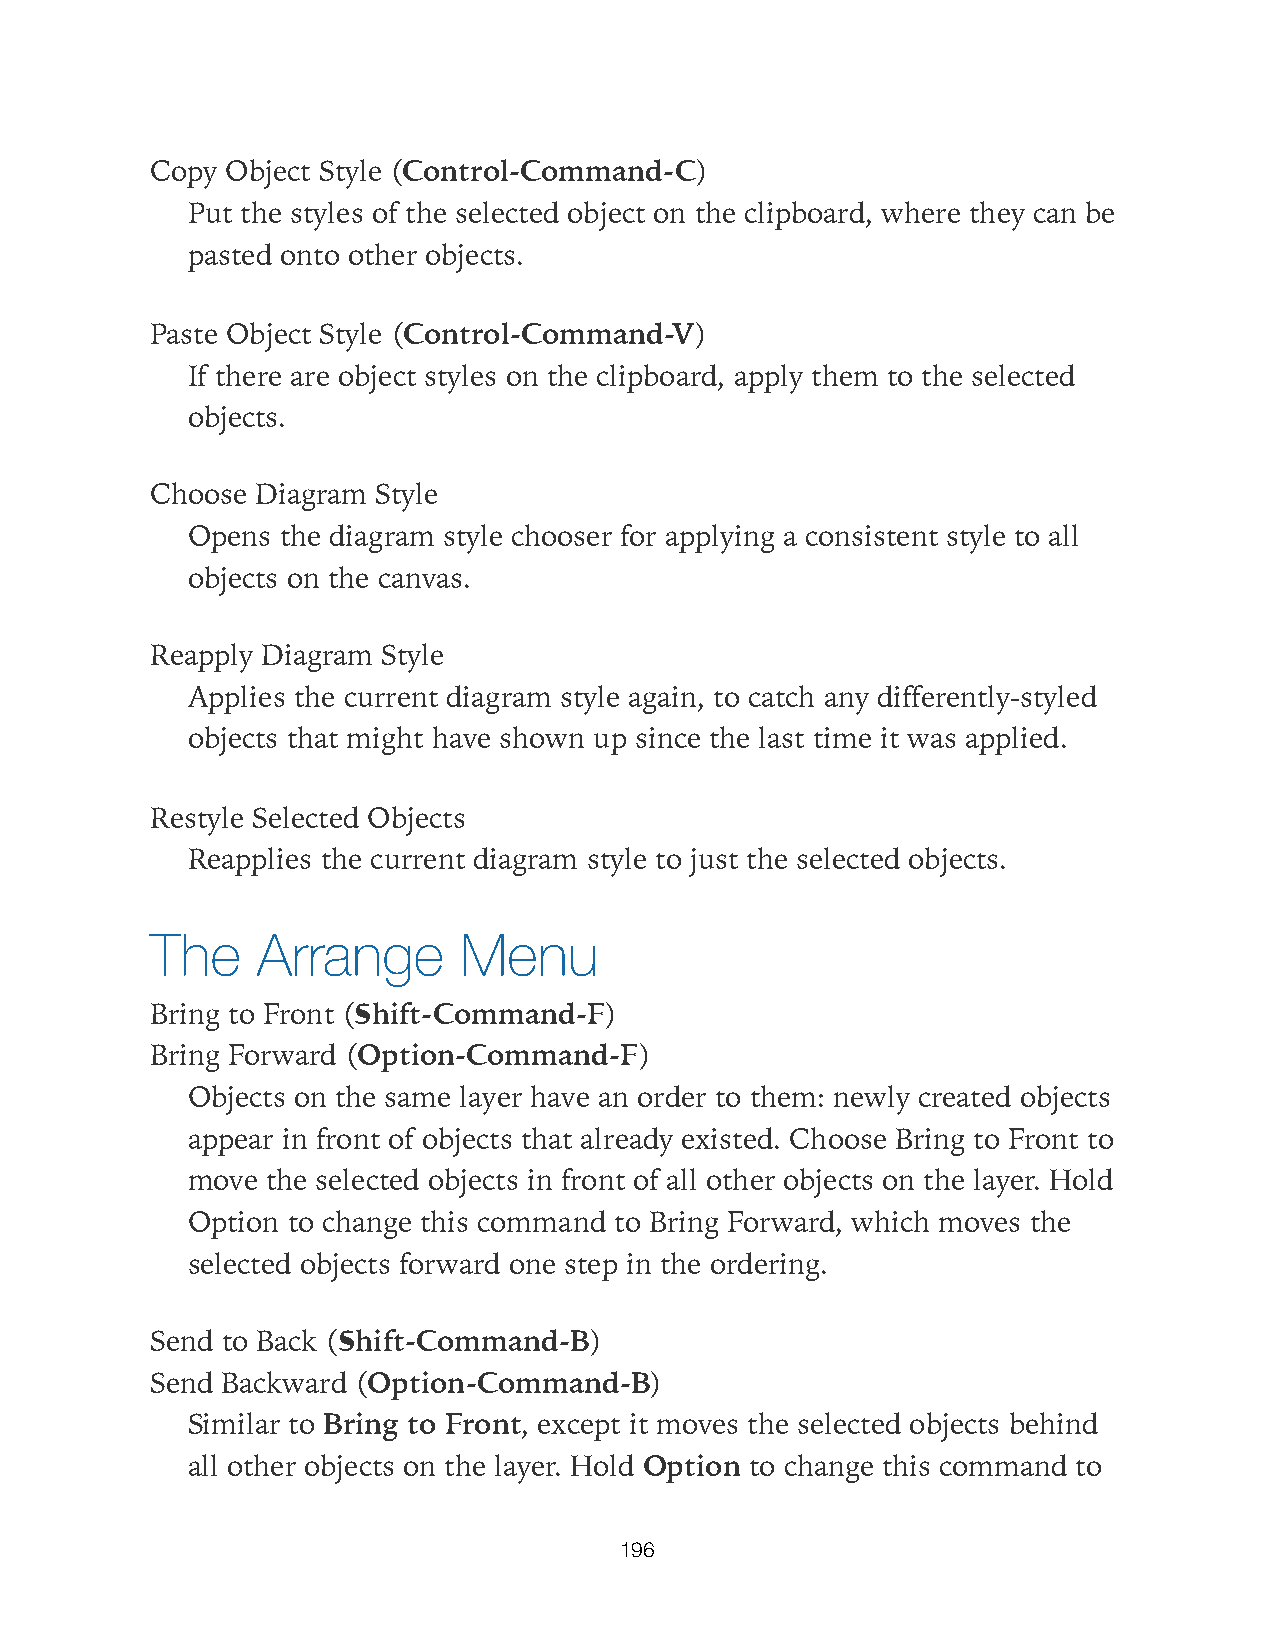
Copy Object Style (Control-Command-C)
 Put the styles of the selected object on the clipboard, where they can be
 pasted onto other objects.
 Paste Object Style (Control-Command-V)
 If there are object styles on the clipboard, apply them to the selected
 objects.
 Choose Diagram Style
 Opens  the diagram style chooser for applying a consistent style to all
 objects on the canvas.
 Reapply Diagram Style
 Applies the current diagram style again, to catch any differently-styled
 objects that might have shown up since the last time it was applied.
 Restyle Selected Objects
 Reapplies the current diagram style to just the selected objects.
 The    Arrange      Menu
 Bring to Front (Shift-Command-F)
 Bring Forward (Option-Command-F)
 Objects on the same layer have an order to them: newly created objects
 appear in front of objects that already existed. Choose Bring to Front to
 move  the selected objects in front of all other objects on the layer. Hold
 Option to change this command to Bring Forward, which moves the
 selected objects forward one step in the ordering.
 Send to Back (Shift-Command-B)
 Send Backward (Option-Command-B)
 Similar to Bring to Front, except it moves the selected objects behind
 all other objects on the layer. Hold Option to change this command to
 196